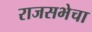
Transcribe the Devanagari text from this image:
राजसभेचा